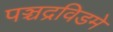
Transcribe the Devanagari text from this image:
पञ्चद्रविडमे